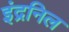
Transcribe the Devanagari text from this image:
इंद्रनिल